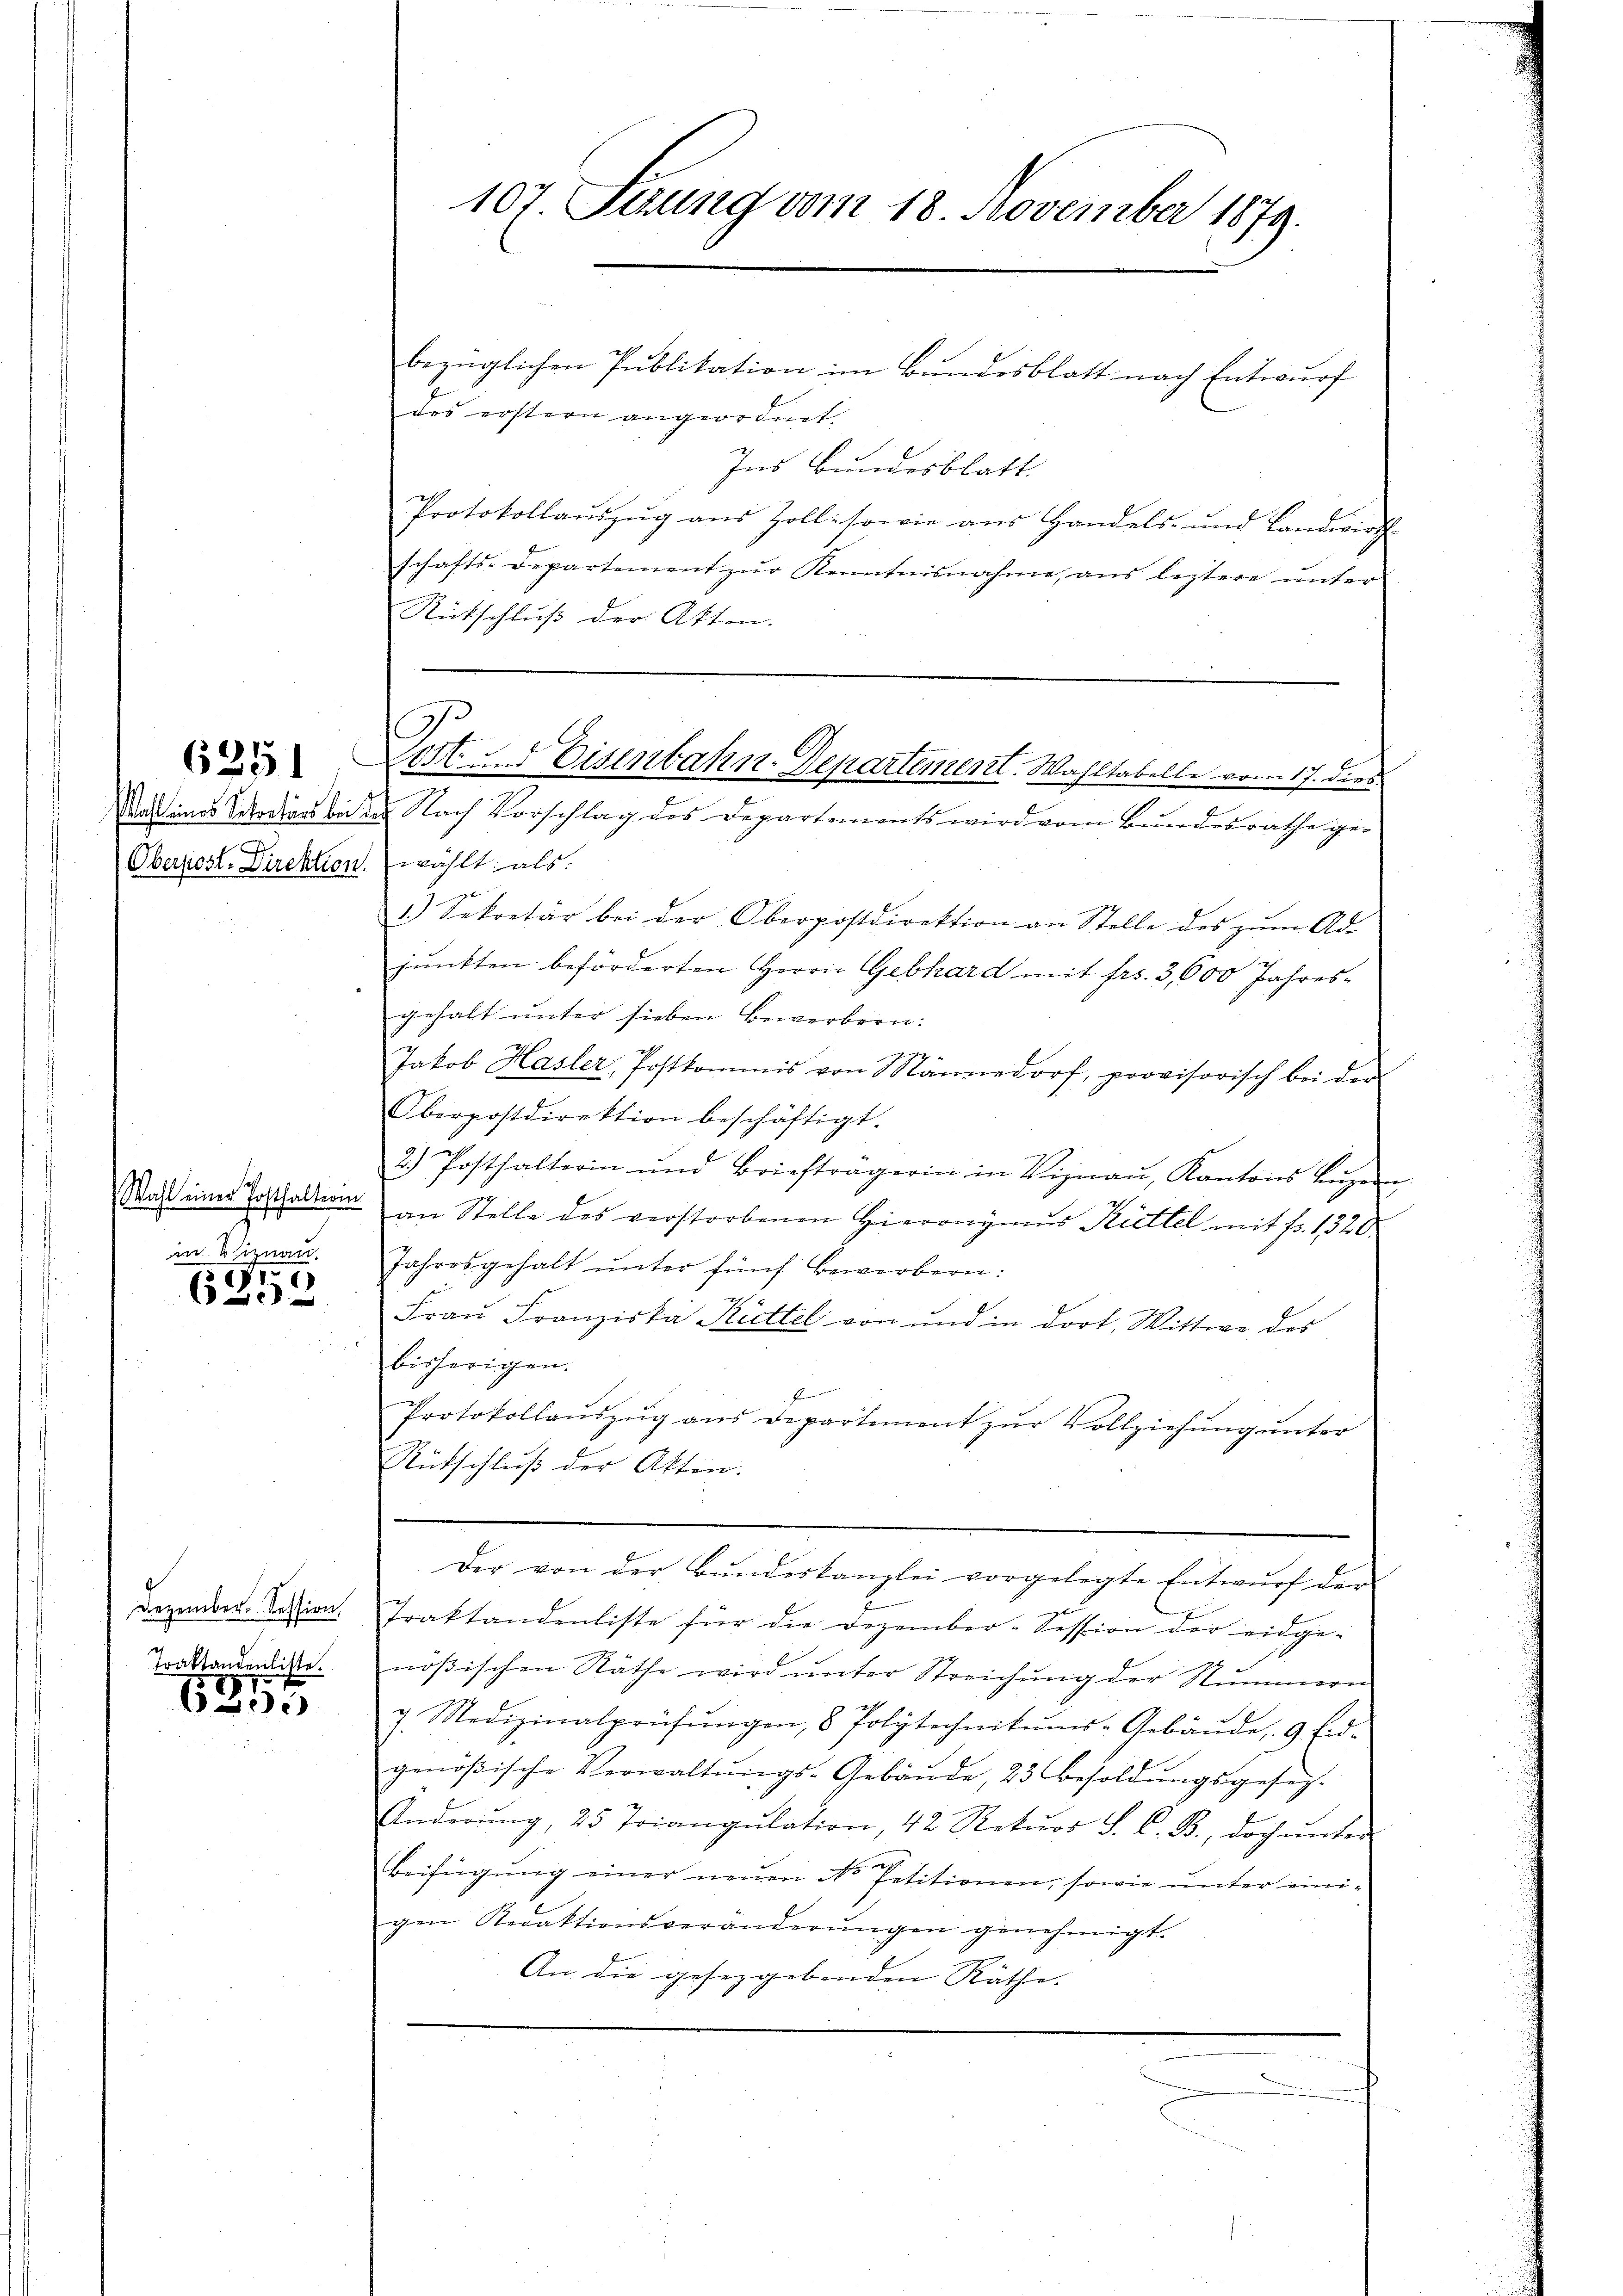
Wahl eines Sekretärs bei¬
.
Oberpost-Direktion

625

Wahl einer Posthalterin
in Viznau.

r
20 x

Dezember. Session
Traktandenliste.
81.

c

107 Fiung vom 18 November 1879.

Port. Eisenbahn-Departement. Wahltabelle vom 17. dies

bezüglichen Publikation im Bundesblatt nach Entwurf
des erstern angeordnet.
Ins Bundesblatt.
Protokollaŭszŭg aŭs Zoll sowie aŭs Handels- und Landwirth
schafts-Departement zŭr Kenntnisnahme ans leztere ŭnter
Rütschluß der Akten.
Nach Vorschlag des Departements wird vom Bŭndesrathe ge-
wählt als:
1.) Sekretär bei der Oberpostdirektion an Stelle des zŭm Ad-
junkten beförderten Herrn Gebhard mit frs. 3,600 Jahresgehalt unter sieben Bewerbern.
77
Jakob Hasler, Postkommis von Mannedorf, provisorisch bei der
Oberpostdirektion beschäftigt.
2.) Posthalterin und Briefträgerin in Viznaŭ, Kantons Luzern
an Stelle des verstorbenen Hieronymus Rittel mit Fr. 1320.
Jahresgehalt ŭnter fünf Bewerbern:
Frau Franziska Küttel von und in dort, Wittwe des
bisherigen.
Protokollauszug aus Departement zur Vollziehung unter
Rütschluß der Akten.
Der von der Bŭndeskanzlei vorgelegte Entwŭrf der
Traktandenliste für die Dezember-Session der eidge-
nößischen Räthe wird unter Streichung der Nummern
g. Medizinalprüfŭngen, 8 Polytechnitŭms-Gebäŭde 9 Eid-
genößische Verwaltŭngs-Gebäŭde, 23 besoldŭngsgesetz-
Anderŭng, 25 Triangulation, 42 Rekŭrs S. C. B., doch ŭnter
Beifügung einer neuen No Petitionen, sowie unter einigen Redaktionsveränderŭngen genehmigt.
An die gesetzgebenden Räthe.